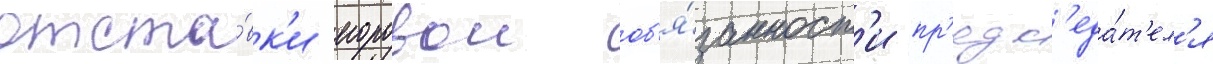
отста́вк'и егоровои об'я́занност'и пр'едс'еда́т'ел'я